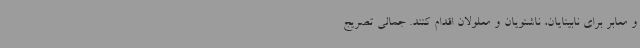
و معابر برای نابینایان، ناشنویان و معلولان اقدام کنند. جمالی تصریج